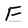
Character: F